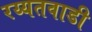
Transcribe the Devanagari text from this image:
रय्यतवाडी